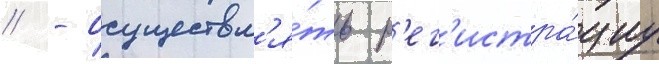
// - осуществл'я́ть р'ег'истра́циу